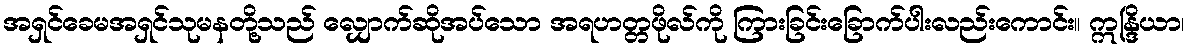
အရှင်ခေမအရှင်သုမနတို့သည် လျှောက်ဆိုအပ်သော အရဟတ္တဖိုလ်ကို ကြားခြင်းခြောက်ပါးလည်းကောင်း။ ဣန္ဒြိယာ၊